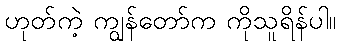
ဟုတ်ကဲ့ ကျွန်တော်က ကိုသူရိန်ပါ။